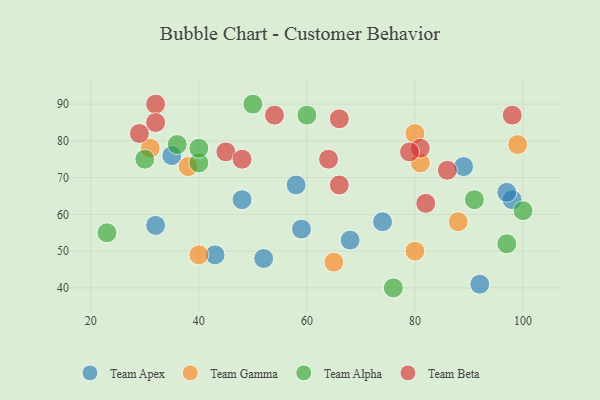
{"axis": {"x": "GDP", "y": "Life Expectancy"}, "legend": ["Team Alpha", "Team Apex", "Team Beta", "Team Gamma"], "data": [{"x": "58", "y": 68, "type": "Team Apex"}, {"x": "35", "y": 76, "type": "Team Apex"}, {"x": "92", "y": 41, "type": "Team Apex"}, {"x": "59", "y": 56, "type": "Team Apex"}, {"x": "74", "y": 58, "type": "Team Apex"}, {"x": "52", "y": 48, "type": "Team Apex"}, {"x": "98", "y": 64, "type": "Team Apex"}, {"x": "89", "y": 73, "type": "Team Apex"}, {"x": "43", "y": 49, "type": "Team Apex"}, {"x": "32", "y": 57, "type": "Team Apex"}, {"x": "97", "y": 66, "type": "Team Apex"}, {"x": "48", "y": 64, "type": "Team Apex"}, {"x": "68", "y": 53, "type": "Team Apex"}, {"x": "65", "y": 47, "type": "Team Gamma"}, {"x": "31", "y": 78, "type": "Team Gamma"}, {"x": "40", "y": 49, "type": "Team Gamma"}, {"x": "81", "y": 74, "type": "Team Gamma"}, {"x": "88", "y": 58, "type": "Team Gamma"}, {"x": "99", "y": 79, "type": "Team Gamma"}, {"x": "80", "y": 50, "type": "Team Gamma"}, {"x": "80", "y": 82, "type": "Team Gamma"}, {"x": "38", "y": 73, "type": "Team Gamma"}, {"x": "30", "y": 75, "type": "Team Alpha"}, {"x": "97", "y": 52, "type": "Team Alpha"}, {"x": "91", "y": 64, "type": "Team Alpha"}, {"x": "40", "y": 74, "type": "Team Alpha"}, {"x": "76", "y": 40, "type": "Team Alpha"}, {"x": "60", "y": 87, "type": "Team Alpha"}, {"x": "100", "y": 61, "type": "Team Alpha"}, {"x": "36", "y": 79, "type": "Team Alpha"}, {"x": "23", "y": 55, "type": "Team Alpha"}, {"x": "50", "y": 90, "type": "Team Alpha"}, {"x": "40", "y": 78, "type": "Team Alpha"}, {"x": "86", "y": 72, "type": "Team Beta"}, {"x": "81", "y": 78, "type": "Team Beta"}, {"x": "32", "y": 90, "type": "Team Beta"}, {"x": "32", "y": 85, "type": "Team Beta"}, {"x": "79", "y": 77, "type": "Team Beta"}, {"x": "64", "y": 75, "type": "Team Beta"}, {"x": "66", "y": 86, "type": "Team Beta"}, {"x": "45", "y": 77, "type": "Team Beta"}, {"x": "82", "y": 63, "type": "Team Beta"}, {"x": "54", "y": 87, "type": "Team Beta"}, {"x": "98", "y": 87, "type": "Team Beta"}, {"x": "48", "y": 75, "type": "Team Beta"}, {"x": "66", "y": 68, "type": "Team Beta"}, {"x": "29", "y": 82, "type": "Team Beta"}]}